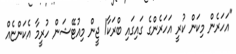
"އަހަރެން މިކަން ކުރީ އަހަރެންގެ ގައިގައި ބްރަކާ1 ޖީން މިއުޓޭޝަން ހުރީމާ އެކަންޏެއް